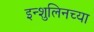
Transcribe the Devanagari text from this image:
इन्शुलिनच्या